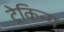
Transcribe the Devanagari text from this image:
ट्रेकिन्ग